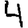
Digit: 4